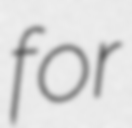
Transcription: for